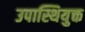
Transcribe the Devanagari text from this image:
उपास्थियुक्त